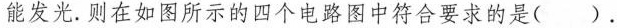
能发光. 则在如图所示的四个电路图中符合要求的是( ).